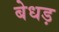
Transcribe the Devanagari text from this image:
बेधड़